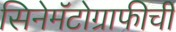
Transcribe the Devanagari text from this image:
सिनेमॅटोग्राफीची